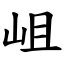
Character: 岨